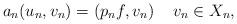
LaTeX: \begin{align*}a_n(u_n, v_n )= (p_n f, v_n) \quad\,v_n\in X_n,\end{align*}